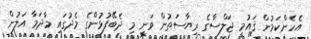
އެހެންކަމުން ޤައުމީ ޖަލްސާގެ ރިޔާސަތުން ވަނީ މި ދެބޭފުޅުންގެ މެދުގައި މާދަމާ އަލުން